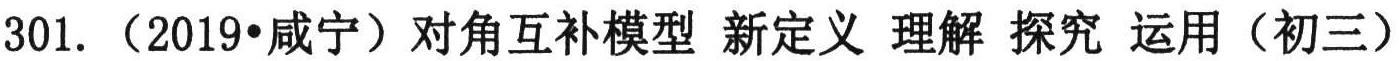
301.（2019•咸宁）对角互补模型 新定义 理解 探究 运用（初三）